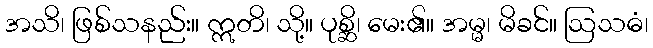
အသိ၊ ဖြစ်သနည်း။ ဣတိ၊ သို့။ ပုစ္ဆိ၊ မေး၏။ အမ္မ၊ မိခင်။ ဩသဓံ၊